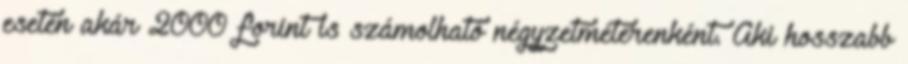
esetén akár 2000 forint is számolható négyzetméterenként. Aki hosszabb